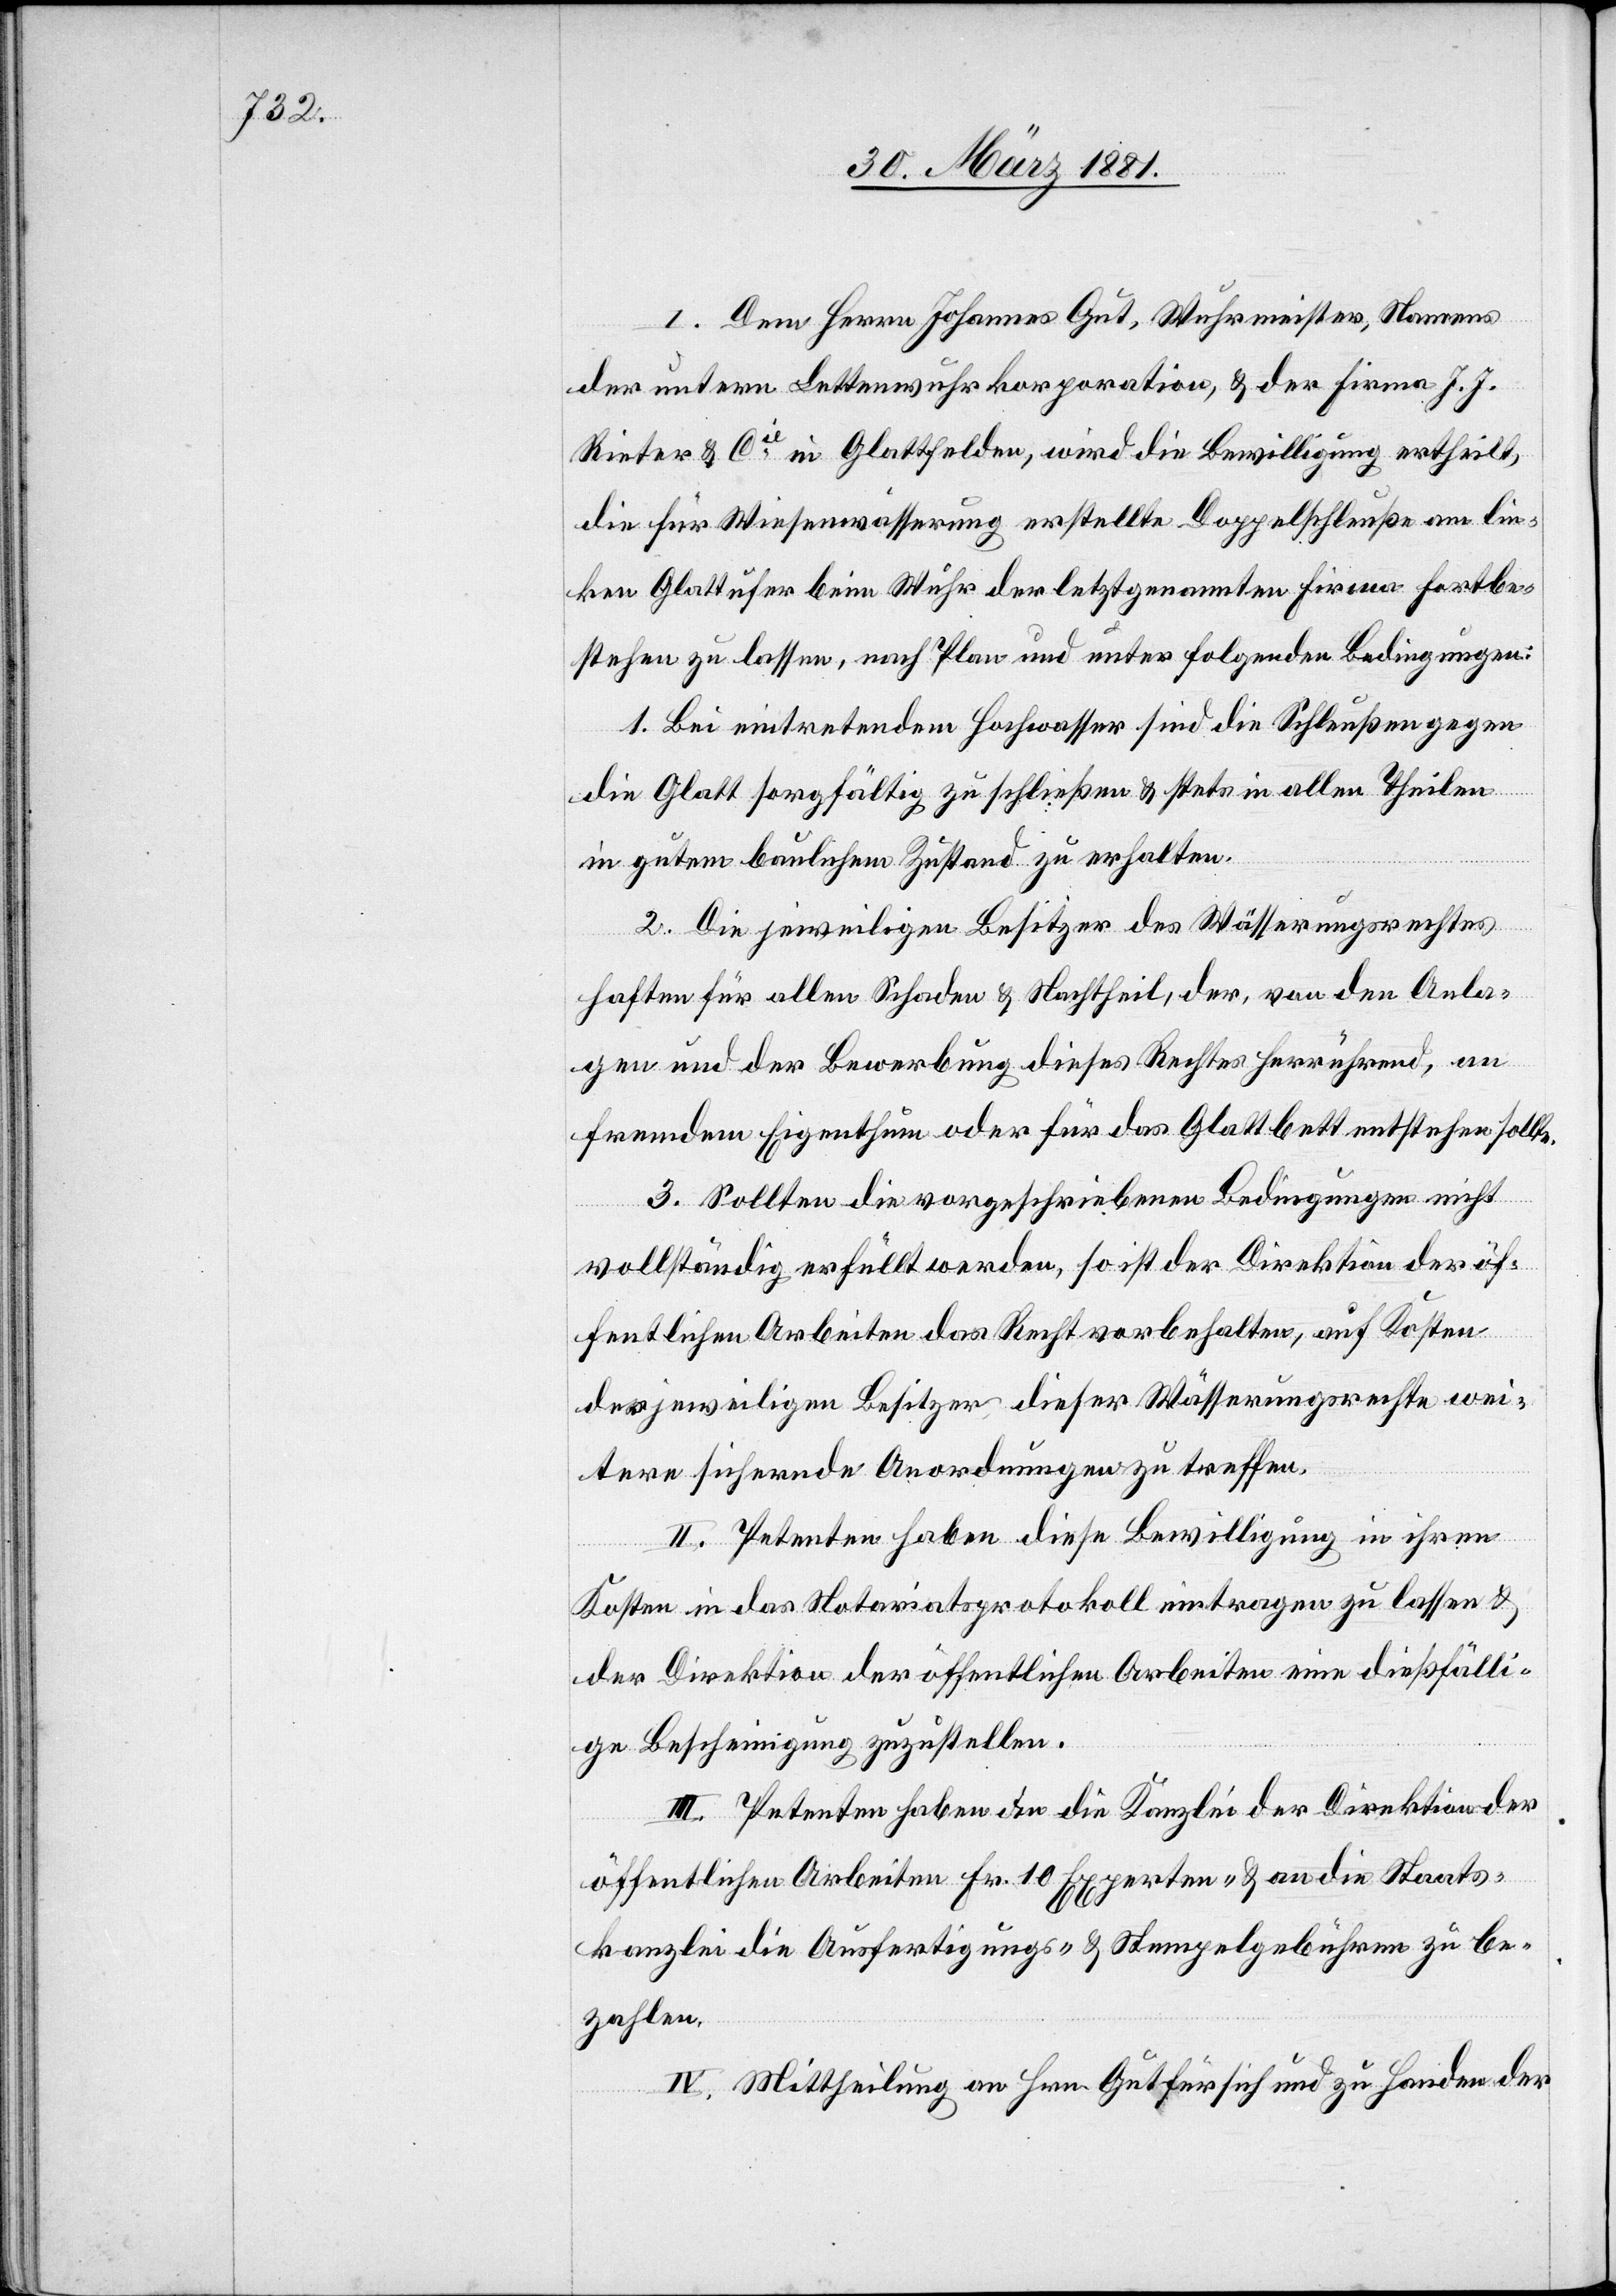
I. Dem Herrn Johannes Gut, Wuhrmeister, Namens
der untern Lettenwuhrkorporation, & der Firma J. J.
Rieter & Cie in Glattfelden, wird die Bewilligung ertheilt,
die für Wiesenwässerung erstellte Doppelschleuße am lin¬
ken Glattufer beim Wuhr der letztgenannten Firma fortbe¬
stehen zu lassen, nach Plan und unter folgenden Bedingungen:
1. Bei eintretendem Hochwasser sind die Schleußen gegen
die Glatt sorgfältig zu schließen & stets in allen Theilen
in gutem baulichem Zustand zu erhalten.
2. Die jeweiligen Besitzer des Wässerungsrechtes
haften für allen Schaden & Nachtheil, der, von den Anla¬
gen und der Bewerbung dieses Rechtes herrührend, an
fremdem Eigenthum oder für das Glattbett entstehen sollte.
3. Sollten die vorgeschriebenen Bedingungen nicht
vollständig erfüllt werden, so ist der Direktion der öf¬
fentlichen Arbeiten das Recht vorbehalten, auf Kosten
der jeweiligen Besitzer dieser Wässerungsrechte wei¬
tere sichernde Anordnungen zu treffen.
II. Petenten haben diese Bewilligung in ihren
Kosten in das Notariatsprotokoll eintragen zu lassen &
der Direktion der öffentlichen Arbeiten eine dießfälli¬
ge Bescheinigung zuzustellen.
III. Petenten haben an die Kanzlei der Direktion der
öffentlichen Arbeiten Fr. 10 Experten- & an die Staats¬
kanzlei die Ausfertigungs- & Stempelgebühren zu be¬
zahlen.
IV. Mittheilung an Hrn. Gut für sich und zu Handen der